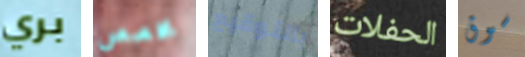
بري مخصص بالتوقيع الحفلات سوق